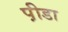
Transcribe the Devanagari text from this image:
प़ीडा